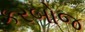
કરબોજ